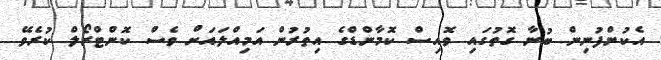
އެކުންފުނިން ބުނާ ގޮތުގައި ވޮއިސް ކޮމާންޑްގެ އިތުރުން އަމިއްލައަށް ވެސް ކޮންޓްރޯލް ކުރެވޭ